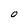
Character: O